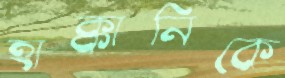
হাক্কানিকে